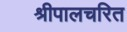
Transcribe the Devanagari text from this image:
श्रीपालचरित